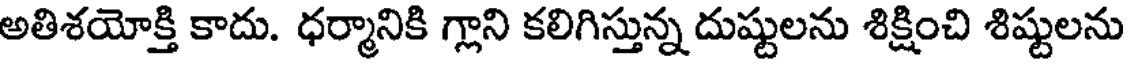
అతిశయోక్తి కాదు. ధర్మానికి గ్లాని కలిగిస్తున్న దుష్టులను శిక్షించి శిష్టులను